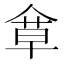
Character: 𠌓